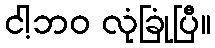
ငါ့ဘဝ လုံခြုံပြီ။